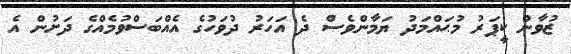
ޒުވާން ކީޕަރު މުޙައްމަދު ޔަމާންވެސް ދެ އަހަރު ދުވަހުގެ އެއްބަސްވުމެއްގެ ދަށުން އެ